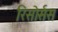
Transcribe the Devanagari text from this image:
रिसोर्सस